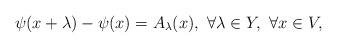
LaTeX: \begin{align*}\psi(x+\lambda)-\psi(x)=A_\lambda(x), \ \forall \lambda \in Y, \ \forall x\in V,\end{align*}